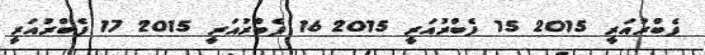
ފެބްރުއަރީ 2015 15 ފެބްރުއަރީ 2015 16 ފެބްރުއަރީ 2015 17 ފެބްރުއަރީ